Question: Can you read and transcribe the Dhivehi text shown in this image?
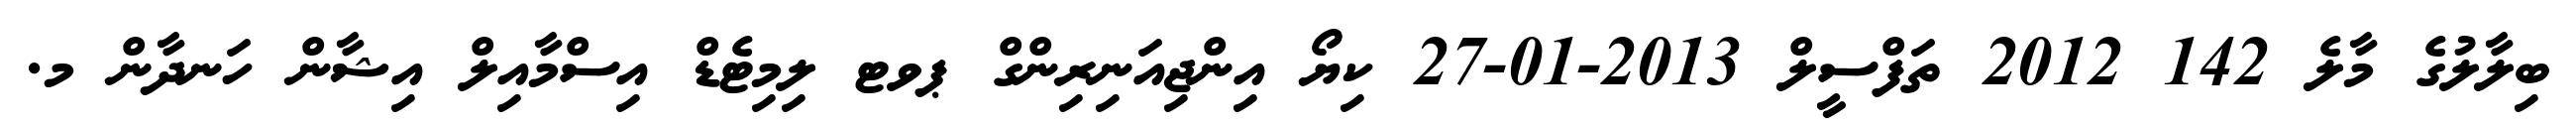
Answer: ބިލާލުގެ މާލެ 142 2012 ތަފްސީލް 2013-01-27 ކިޔޯ އިންޖިއަނިރިންގް ޕވޓ ލިމިޓެޑް އިސްމާއިލް އިޝާން ހަނދާން މ.